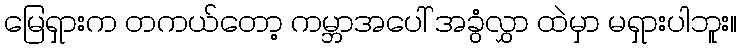
မြေရှားက တကယ်တော့ ကမ္ဘာအပေါ် အခွံလွှာ ထဲမှာ မရှားပါဘူး။